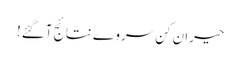
حیران کن سروے نتائج آگئے!